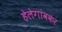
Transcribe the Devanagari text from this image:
हेलेगांवकर